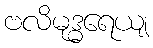
ဗလိမုဒ္ဓရေယျ